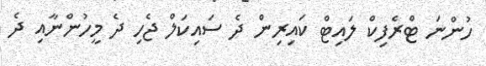
ހުންނަ ޓްރެފިކް ލައިޓް ކައިރިން ދެ ސައިކަލް ޖެހި ދެ މީހުންނާއި ދެ